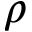
\rho